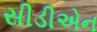
સીડીએન